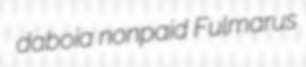
daboia nonpaid Fulmarus